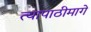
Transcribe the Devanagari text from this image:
त्यापाठीमागे